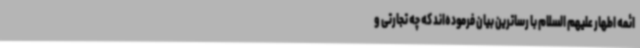
ائمه اطهار علیهم السلام با رساترین بیان فرموده‌اند که چه تجارتی و